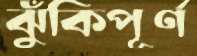
ঝুঁকিপূর্ণ